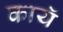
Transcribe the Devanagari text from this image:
कायॅ